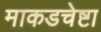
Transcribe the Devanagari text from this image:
माकडचेष्टा